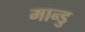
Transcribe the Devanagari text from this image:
मान्डु